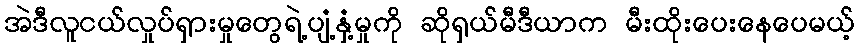
အဲဒီလူငယ်လှုပ်ရှားမှုတွေရဲ့ပျံ့နှံ့မှုကို ဆိုရှယ်မီဒီယာက မီးထိုးပေးနေပေမယ့်